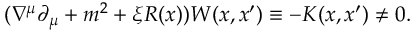
( \nabla ^ { \mu } \partial _ { \mu } + m ^ { 2 } + \xi R ( x ) ) W ( x , x ^ { \prime } ) \equiv - K ( x , x ^ { \prime } ) \neq 0 .